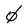
Character: 0